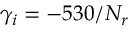
\gamma _ { i } = - 5 3 0 / N _ { r }